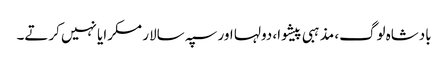
بادشاہ لوگ، مذہبی پیشوا، دولہا اور سپہ سالار مسکرایا نہیں کرتے۔